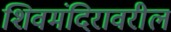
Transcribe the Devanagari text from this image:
शिवमंदिरावरील